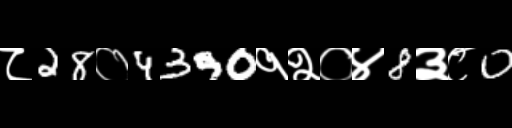
Text: ८28०4390१२०४8३८0